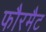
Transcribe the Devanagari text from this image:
फौरमैट